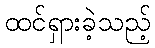
ထင်ရှားခဲ့သည့်